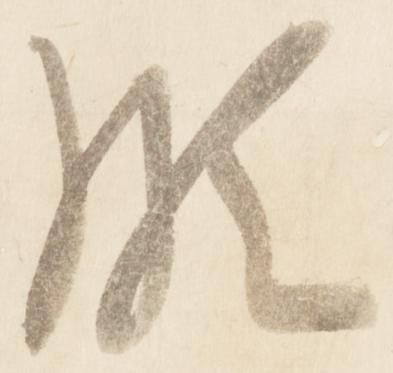
頗